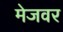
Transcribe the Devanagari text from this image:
मेजवर